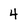
Character: 4